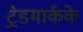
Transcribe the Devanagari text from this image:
ट्रेडमार्कके